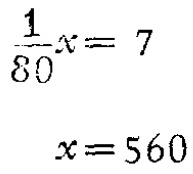
\[\frac{1}{80}x = 7\]

\[x = 560\]